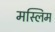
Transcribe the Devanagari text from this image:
मस्लिम